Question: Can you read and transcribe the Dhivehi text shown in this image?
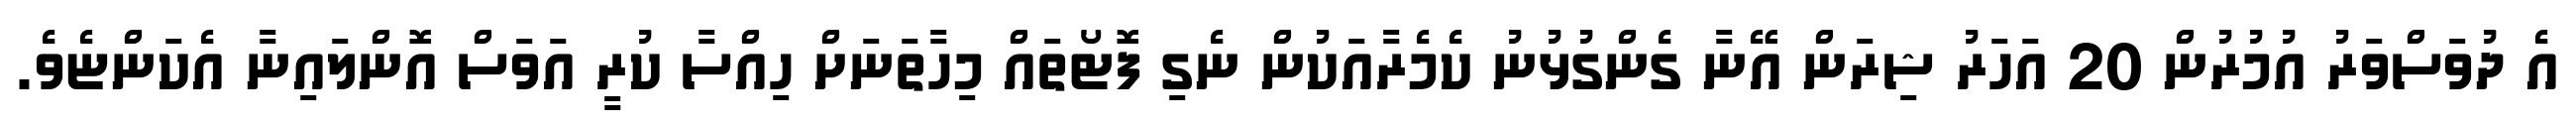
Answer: އެ ދުވަސްވަރު އުމުރުން 20 އަހަރު ޝިރަން އޭނާ ގެންގުޅުނު ކެމެރާއަކުން ނެގި ފޮޓޯތައް މިހާތަނަށް ހިއްސާ ކުރީ އަވަސް އޮންލައިނާ އެކަންޏެވެ.